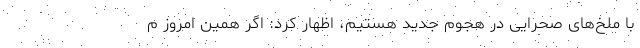
با ملخ‌های صحرایی در هجوم جدید هستیم، اظهار کرد: اگر همین امروز م